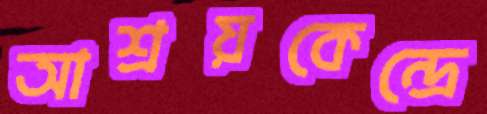
আশ্রয়কেন্দ্রে